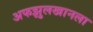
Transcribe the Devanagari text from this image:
अफझुलखानला